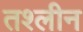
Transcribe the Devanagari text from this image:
तश्लीन